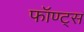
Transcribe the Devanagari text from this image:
फॉण्ट्स